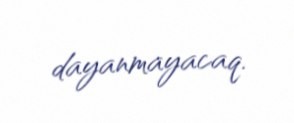
dayanmayacaq.